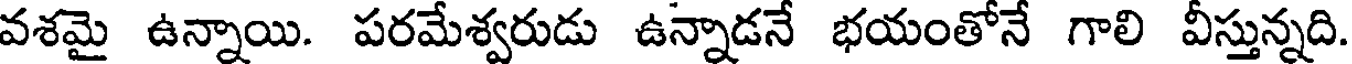
వశమై ఉన్నాయి. పరమేశ్వరుడు ఉన్నాడనే భయంతోనే గాలి వీస్తున్నది